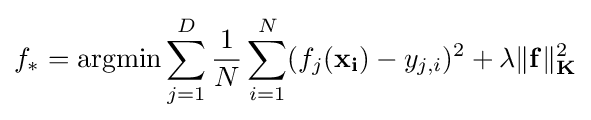
f_{*}=\operatorname {argmin} \sum \limits _{j=1}^{D}{\frac {1}{N}}\sum \limits _{i=1}^{N}(f_{j}(\mathbf {x_{i}} )-y_{j,i})^{2}+\lambda \Vert \mathbf {f} \Vert _{\mathbf {K} }^{2}